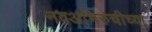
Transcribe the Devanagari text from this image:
नवअभिरुचीच्या